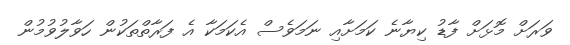
ވަރަށް މޮޅަށް ފާޑު ކިޔާނެ ކަމަށާއި ނަމަވެސް އެކަމަކާ އެ ފަރާތްތަކުން ހަވާލުވުމުން